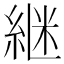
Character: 継